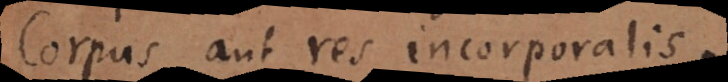
Corpus aut res incorporalis.